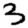
Digit: 3